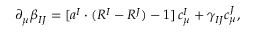
\partial _ { \mu } \beta _ { I J } = [ a ^ { I } \cdot ( R ^ { I } - R ^ { J } ) - 1 ] \, c _ { \mu } ^ { I } + \gamma _ { I J } c _ { \mu } ^ { J } ,